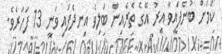
ކަމަށް ބުނެފައިވާ އިރު އޭގެ ތެރެއިން ބަލިވެ އިނދެފައި ވަނީ 13 ފަހަރެވެ.